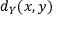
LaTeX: d _ { Y } ( x , y )